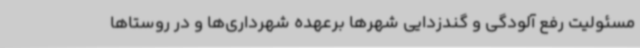
مسئولیت رفع آلودگی و گندزدایی شهرها برعهده شهرداری‌ها و در روستاها